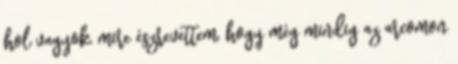
hol vagyok, mire észrevettem, hogy még mindig az arcomon